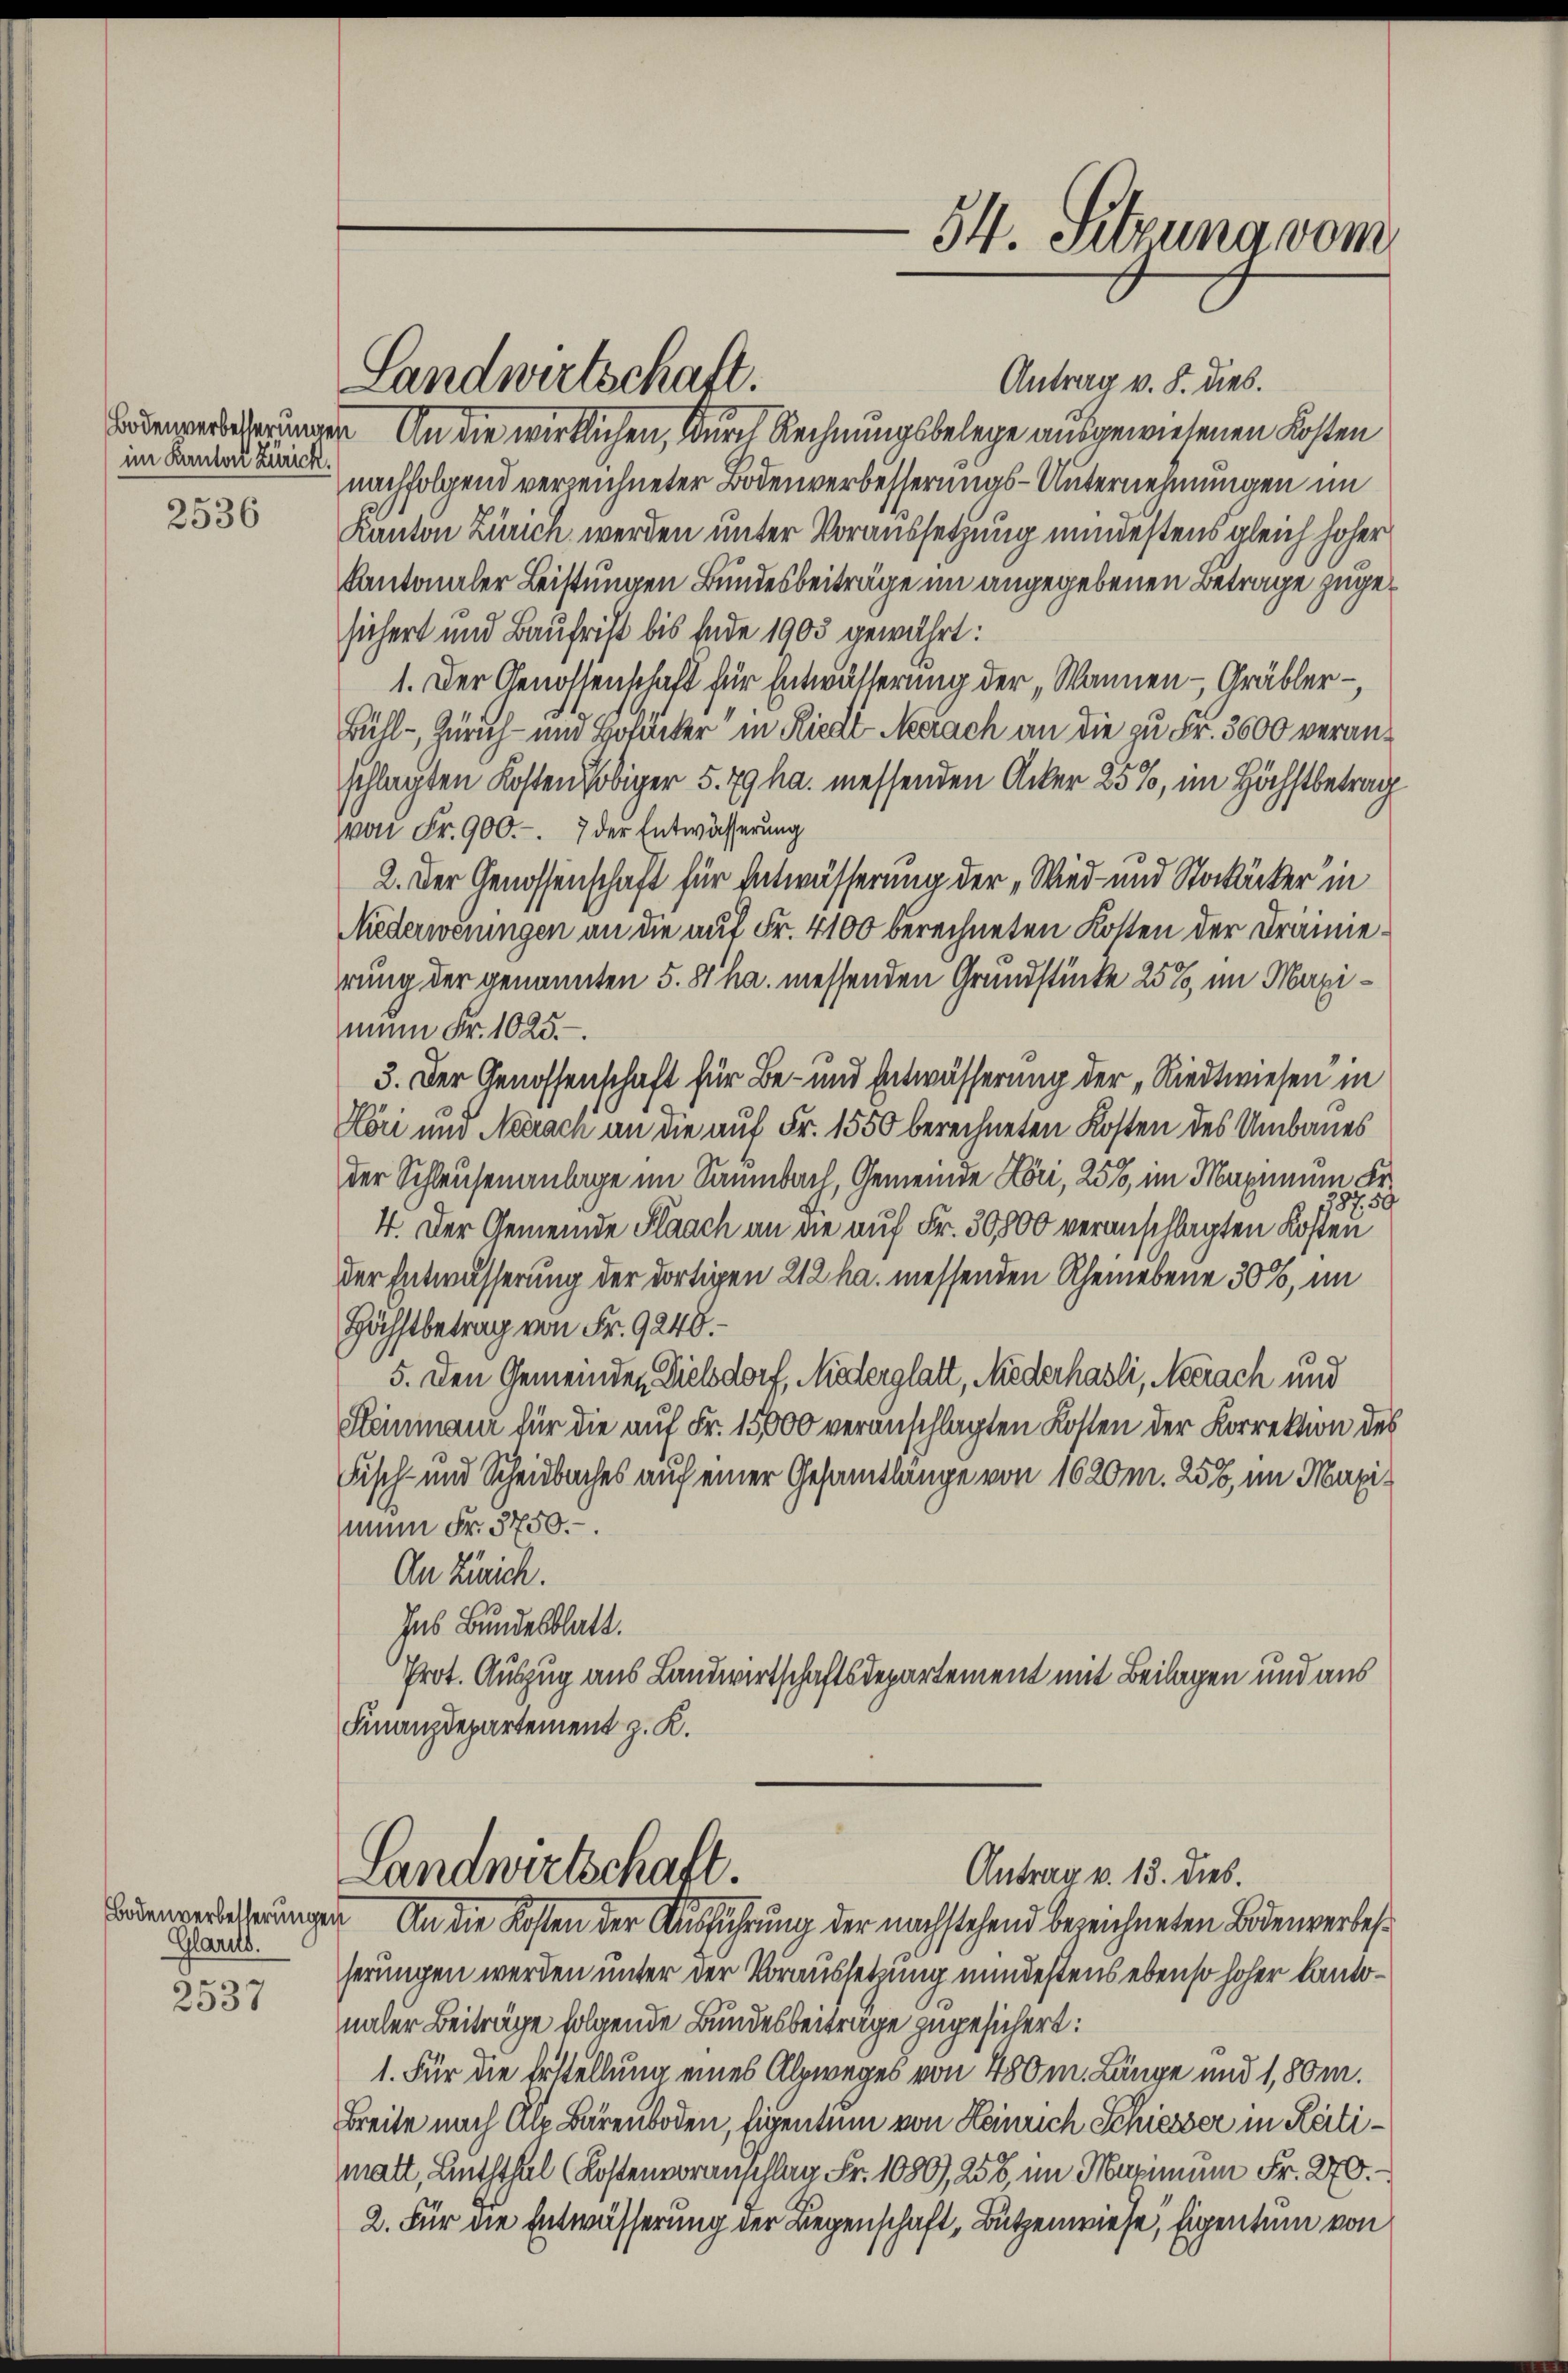
im Kanton Zürich.

2536

Glarus.
de¬

2537

Landwirtschaft.

Antrag v. 8. dies.
Bodenverbeßerungen. An die wirklichen, durch Rechnungsbelege ausgewiesenen Kosten
nachfolgend verzeichneter Bodenverbesserungs-Unternehmungen im
Kanton Zürich werden unter Voraussetzung mindestens gleich hoher
Kantonaler Leistungen Bundesbeiträge im angegebenen Betrage zugesichert und Baufrist bis Ende 1903 gewährt:
1. Der Genossenschaft für Entwässerung der „Wannen - Gräbler -,
Bühl - Zürich- und Hotter in Riedt Neerach an die zu Fr. 3600 veranschlagten Kosten obiger 5. 79 ha messenden Acker 25%, im Höchstbetrag
von Fr. 900.-. 7 der Entwässerung
2. Der Genossenschaft für Entwässerung der „Wied- und Stockucker in
Niederweningen an die auf Fr. 4100 berechneten Kosten der Drainierung der genannten 5. 81 ha messenden Grundstücke 25%, im Maximun Fr. 1025.
3. Der Genossenschaft für Be- und Entwässerung der „Riedtwiesen in
Köri und Neerach an die auf Fr. 1550 berechneten Kosten des Umbaues
der Schleusenanlage im Sammbach, Gemeinde Höri, 25%, im Maximum Fr.
87. 59
4. Der Gemeinde Flaach an die auf Fr. 30,800 veranschlagten Kosten
der Entwässerung der dortigen 212 ha messenden Rheinebene 30%, im
Höchstbetrag von Fr. 9248.
5. Den Gemeinden Dielsdorf, Mederglatt, Miederhasli, Neerach und
Henmann für die auf Fr. 15000 veranschlagten Kosten der Korrektion des
Fisch- und Scheidbaches auf einer Gesamtlänge von 1620 m. 256, im Maximun Fr. 3750.-.
An Zürich.
Ins Bundesblatt.
Prot. Auszug aus Landwirtschaftsdepartement mit Beilagen und aus
Finanzdepartement z. K.
Landwirtschaft.
Antrag v. 13. dies.
Bodenverlederungen. An die Kosten der Ausführung der nachstehend bezeichneten Bodenverbesserungen werden unter der Voraussetzung mindestens ebenso hoher Kantonaler Beiträge folgende Bundesbeiträge zugesichert:
1. Für die Erstellung eines Alpweges von 480 m. Länge und 1,80m.
Breite nach Ale Bärenboden, Eigentum von Heinrich Schiesser in Reitimatt, Linththal (Kostenvoranschlag Fr. 1089, 258, im Marinum Fr. 270.
2. Für die Entwässerung der Liegenschaft, Bützenwiese, Eigentum von

54. Sitzung vom